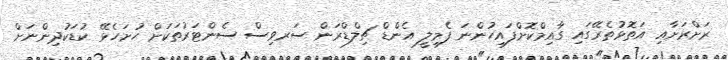
ރަށްރަށާއި އަތޮޅުތެރޭގައި ގާއިމްކޮށްފައިހުންނަ ފެމިލީ އެންޑް ޗިލްޑްރަން ސަރވިސް ސެންޓަރުތަކަށް ހުށަހެޅޭ ކުޑަކުދިންނަށް